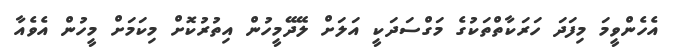
އެހެންވީމަ މިފަދަ ހަރަކާތްތަކުގެ މަގްސަދަކީ އަލަށް ލޭދޭމީހުން އިތުރުކޮށް މިކަމަށް މީހުން އެވެއާ